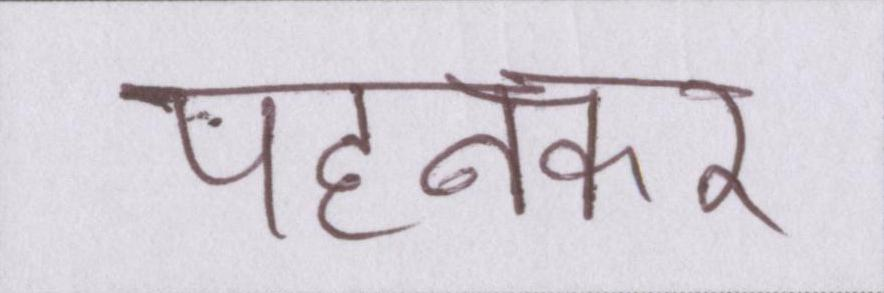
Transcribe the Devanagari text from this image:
पहनकर